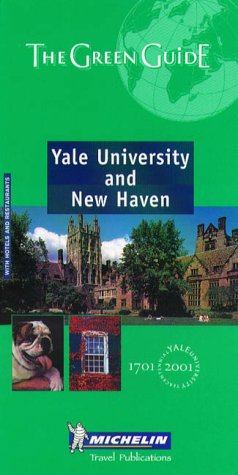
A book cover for Michelin Green Guide Yale University and New Haven (Michelin Green Guide); Michelin; Travel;